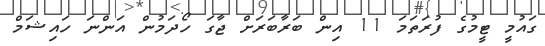
ގައުމީ ޓީމުގެ ފުރަތަމަ 11 އިން ބަރާބަރަށް ޖާގަ ހޯދަމުން އަންނަ ހައިޝަމް